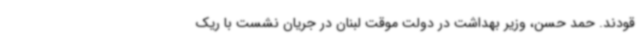
قودند. حمد حسن، وزیر بهداشت در دولت موقت لبنان در جریان نشست با ریک